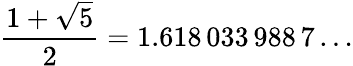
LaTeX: {\frac{1+{\sqrt{5}}}{2}}=1.618\, 033\, 988\, 7\dots